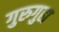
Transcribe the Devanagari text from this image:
गुरुगुहा